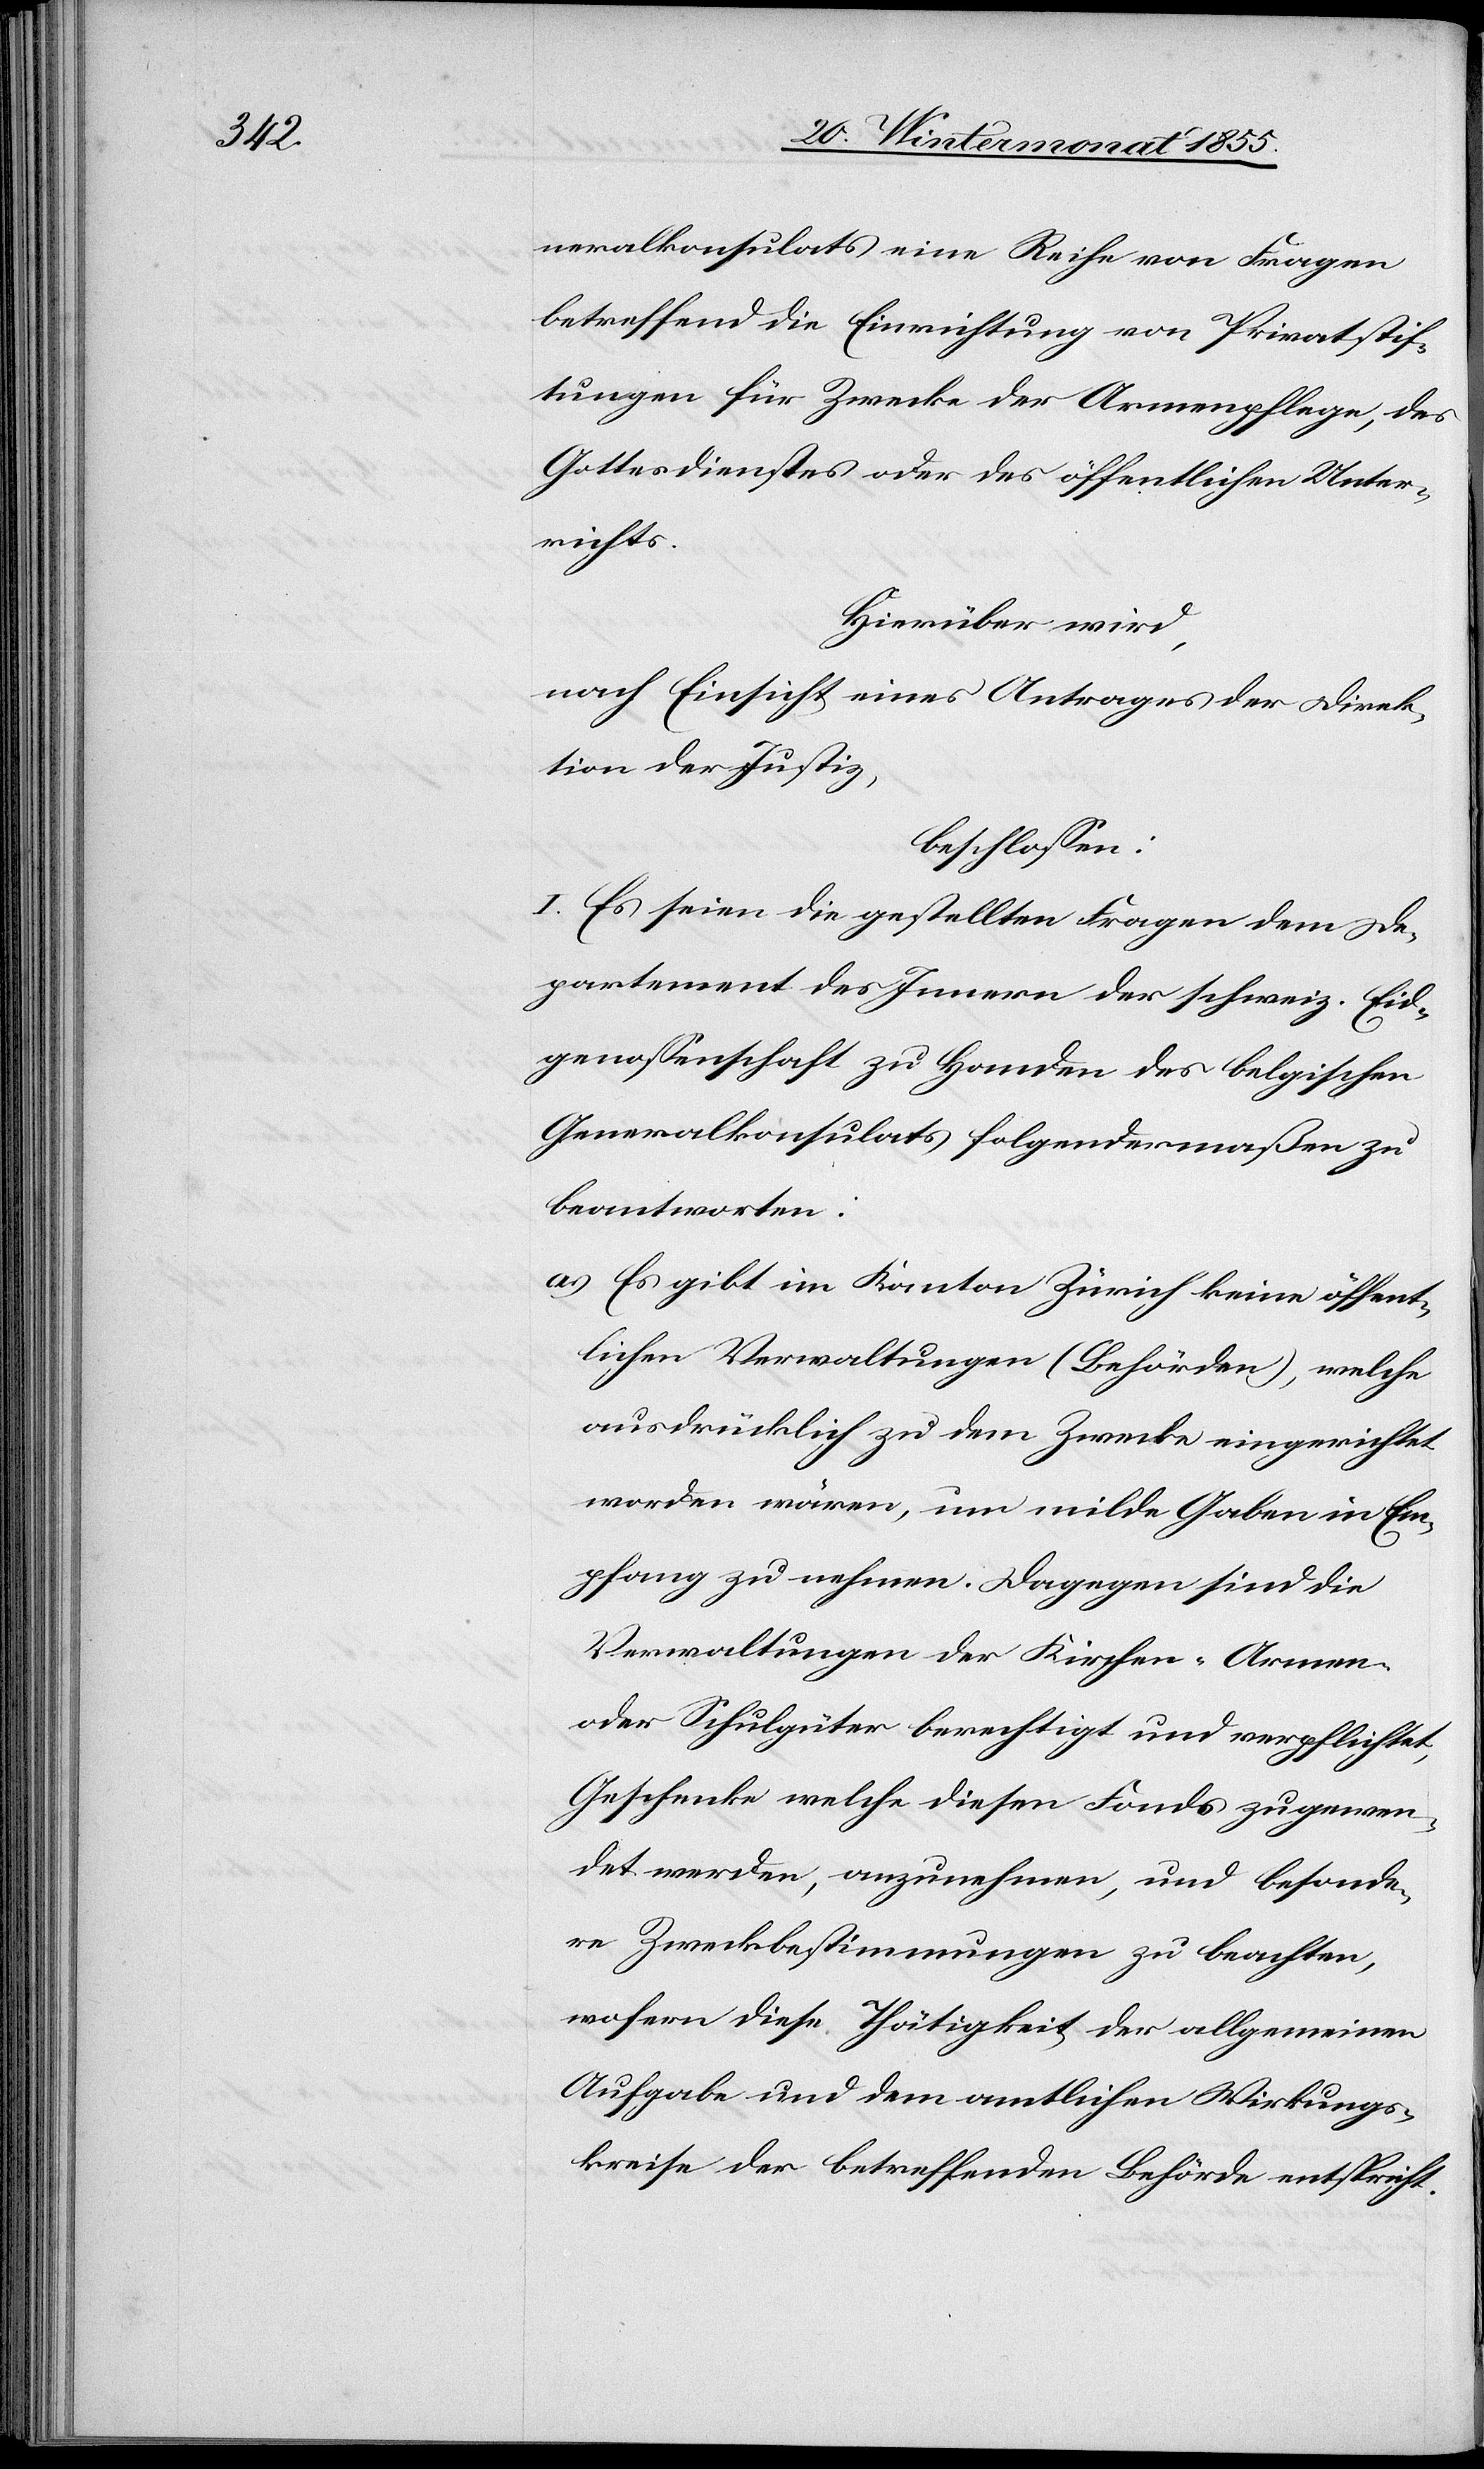
neralkonsulats eine Reihe von Fragen
betreffend die Einrichtung von Privatstif¬
tungen für Zwecke der Armenpflege, des
Gottesdienstes oder des öffentlichen Unter¬
richts.
Hierüber wird,
nach Einsicht eines Antrages der Direk¬
tion der Justiz,
beschlossen:
I. Es seien die gestellten Fragen dem De¬
partement des Innern der schweiz. Eid¬
genossenschaft zu Handen des belgischen
Generalkonsulats folgendermaßen zu
beantworten:
Es gibt im Kanton Zürich keine öffent¬
lichen Verwaltungen (Behörden), welche
ausdrücklich zu dem Zwecke eingerichtet
worden wären, um milde Gaben in Em¬
pfang zu nehmen. Dagegen sind die
Verwaltungen der Kirchen-[,] Armen-
oder Schulgüter berechtigt und verpflichtet,
Geschenke welche diesen Fonds zugewen¬
det werden, anzunehmen, und besonde¬
re Zweckbestimmungen zu beachten,
wofern diese Thätigkeit der allgemeinen
Aufgabe und dem amtlichen Wirkungs¬
kreise der betreffenden Behörde entspricht.